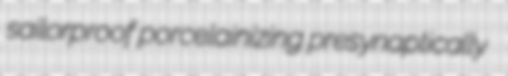
sailorproof porcelainizing presynaptically